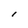
Character: l